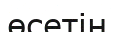
өсетін